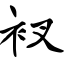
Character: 衩